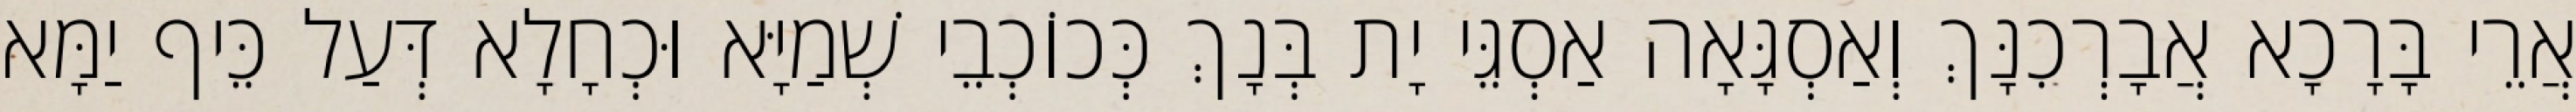
אֲרֵי בָּרָכָא אֲבָרְכִנָּךְ וְאַסְגָּאָה אַסְגֵּי יָת בְּנָךְ כְּכוֹכְבֵי שְׁמַיָּא וּכְחָלָא דְּעַל כֵּיף יַמָּא